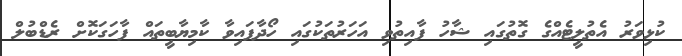
ކުޅިވަރު އެތުލީޓެއްގެ ގޮތުގައި ޝާހު ފާއިތުވި އަހަރުތަކުގައި ހޯދާފައިވާ ކާމިޔާބީތައް ފާހަގަކޮށް ރެޑްބުލް